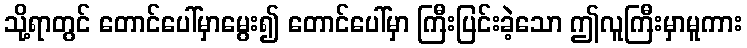
သို့ရာတွင် တောင်ပေါ်မှာမွေး၍ တောင်ပေါ်မှာ ကြီးပြင်းခဲ့သော ဤလူကြီးမှာမူကား